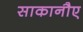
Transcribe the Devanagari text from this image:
साकानौए